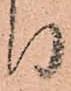
り